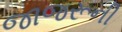
જાજરૂની